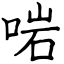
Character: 啱